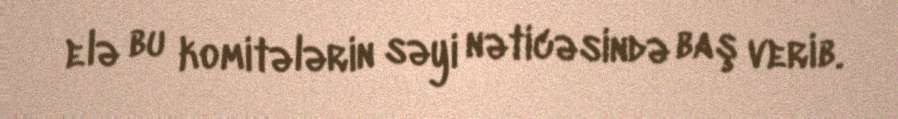
elə bu komitələrin səyi nəticəsində baş verib.